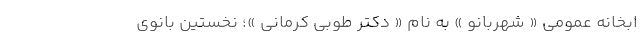
ابخانه عمومی « شهربانو » به نام « دکتر طوبی کرمانی »؛ نخستین بانوی